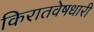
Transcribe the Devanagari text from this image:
किरातवेषधारी